Civil Veterinary Department. United Provinces 1923-31 - 1923-1931
Year: 1923
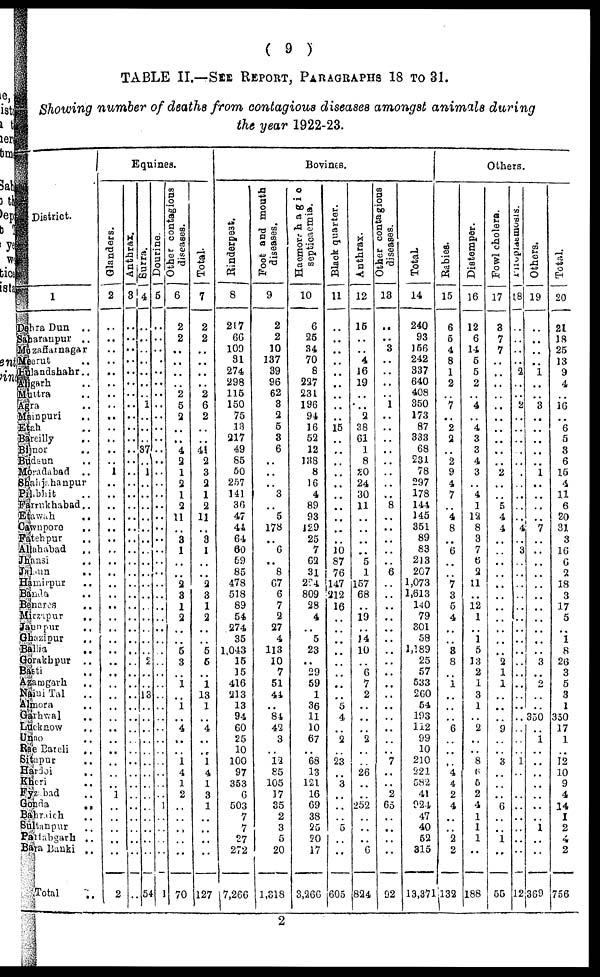
( 9 )
TABLE II.—SEE REPORT, PARAGRAPHS 18 to 31.
Showing number of deaths from contagious diseases amongst animals during
the year 1922-23.
District.
1
Dhra Dun
..
aranpur ..
Mzaffarnagar
erut ..
landshar ..
garh ..
Mutra ..
ra ..
inpuri ..
ch ..
eilly ..
nor ..
daun ..
Mradabad ..
Shjahanpur
Pbhit ..
rrukhabad ..
awah ..
wnpore ..
tehpur
..
ahabad
..
ansi ..
un ..
mirpur ..
nda ..
nares ..
rzapur ..
unpur ..
azipur
..
llia ..
akhpur ..
ti ..
imgarh ..
Nini Tal ..
aora ..
rhwal ..
aknow ..
no
..
Bareli
..
pur ..
doi ..
ari ..
bad ..
da ..
racich ..
tanpur ..
abagarh ..
a Banki ..
Total ..
Equines.
Glanders.
2
..
..
..
..
..
..
..
..
..
..
..
..
..
1
..
..
..
..
..
..
..
..
..
..
..
..
..
..
..
..
..
..
..
..
..
..
..
..
..
..
..
..
1
..
..
..
..
..
2
Anthrax.
3
..
..
..
..
...
..
..
..
..
..
..
..
..
..
..
..
..
..
..
..
..
..
..
..
..
..
..
..
..
..
..
..
..
..
..
..
..
..
..
..
..
..
..
..
..
..
..
..
Surra.
4
..
..
..
..
..
..
..
..
..
1
..
..
..
..
..
..
..
..
..
..
..
..
..
..
..
..
..
..
..
13
..
..
..
..
..
..
..
..
..
..
..
..
..
54
Dourine.
5
..
..
..
..
..
..
..
..
..
..
..
..
..
..
..
..
..
..
..
..
..
..
..
..
..
..
..
..
..
..
..
..
..
..
..
..
..
..
1
..
..
..
..
1
Other contagions
diseases.
6
2
2
..
..
..
..
2
5
3
..
..
4
2
1
2
1
2
11
..
3
1
..
..
2
3
1
2
..
..
5
3
..
1
..
1
..
4
..
..
1
4
1
2
..
..
..
..
..
70
Total.
7
2
2
..
..
..
2
6
2
..
..
41
2 3
2
1
2
11
..
3
1
..
..
2
3
1
2
..
..
6
6
..
1
13
1
..
4
..
..
1
4
1
3
1
..
..
..
..
127
Bovines.
Rinderpest.
8
217
66
109
31
274
298
116
150
75
13
217
49
85
60
257
141
36
47
44
64
60
69
85
478
518
89
54
274
35
1,043
16
]5
416
213
13
94
60
25
10
100
97
353
6
503
7
7
27
272
17,266
Foot and mouth
diseases.
9
2
2
10
137
39
96
62
8
2
5
8
6
..
..
..
3
..
5
178
..
6
..
8
67
6
7
2
27
4
113
10
7
51
41
..
81
42
3
..
12
85
105
17
35
2
3
5
20
1,318
Haemrrhagic
septicaemia.
10
6
25
34
70
8
227
231
196
94
16
53
12
138
8
16
4
89
93
129
25
7
62
31
224
809
28
4
..
5
23
..
29
59
1
36
11
10
67
..
68
13
121
16
69
38
25
20
17
3,266
Black quarter.
11
..
..
..
..
..
..
..
..
15
..
..
..
..
..
..
..
..
..
..
10
87
76
147
212
16
..
..
..
..
..
..
..
..
5
4
..
2
..
23
..
3
..
..
..
5
..
..
605
Anthrax.
12
15
..
..
4
16
19
..
..
3
38
61
1
8
20
24
30
11
..
..
..
..
5
1
157
68
..
19
..
14
10
..
6
7
2
..
..
..
2
..
26
..
..
252
..
..
6
834
Other contagious
diseases.
13
..
..
3
..
..
..
1
..
..
..
..
..
..
..
..
8
..
..
..
..
..
6
..
..
..
..
..
..
..
..
..
..
..
..
..
..
..
..
7
..
2
65
..
..
..
..
92
Total
14
240
93
156
242
337
640
408
850
173
87
333
68
531
78
297
178
144
145
351
89
83
213
207
1,073
1,613
140
79
301
58
1,189
25
57
533
260
54
193
112
99
10
210
221
582
41
924
47
40
63
315
13,371
Others.
Babies.
15
6
6
4
8
1
2
..
7
..
2
2
..
2
9
4
7
4
8
..
6
..
..
7
3
5
4
....
..
8
8
1
..
..
..
6
..
..
4
4
2
4
..
..
2
2
132
Distemper.
16
12
6
14
5
5
2
..
4
..
4
3
3
4
3
4
1
12
8
3
7
6
3
11
12
1
..
1
5
13
2
1
3
1
..
2
..
..
8
6
5
2
4
1
1
1
..
188
Fowl cholera.
17
3
7
7
..
..
..
..
..
..
..
..
..
..
2
..
..
5
4
4
..
..
..
..
..
..
..
..
..
..
..
2
1
1
..
..
..
9
..
..
3
..
..
..
6
..
..
1
..
55
Pnoplaemosrs.
18
..
..
..
..
2
..
..
2
..
..
..
..
..
..
..
..
..
..
4
..
3
..
..
..
..
..
..
..
..
..
..
..
..
..
..
..
..
..
..
1
..
..
..
..
..
..
..
..
12
Others.
19
..
..
..
..
1
..
..
3
..
..
..
..
..
1
..
..
..
..
7
..
..
..
..
..
..
..
..
..
..
3
..
2
..
..
350
..
1
..
..
..
..
..
..
1
..
..
369
Total.
20
21
18
26
13
9
4
..
16
..
6
5
8
6
15
4
11
6
20
31
3
16
6
2
18
3
17
5
..
1
8
26
3
5
3
1
330
17
1
..
12
10
9
4
14
1
2
4
2
756
2